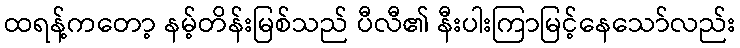
ထရန့်ကတော့ နမ့်တိန်းမြစ်သည် ပီလီ၏ နီးပါးကြာမြင့်နေသော်လည်း